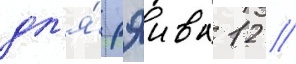
дл'я́ рэива 12 //